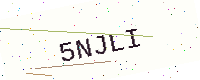
Text: 5NJLI